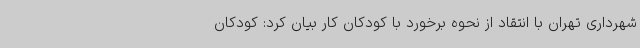
شهرداری تهران با انتقاد از نحوه برخورد با کودکان کار بیان کرد: کودکان